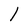
Character: l